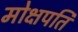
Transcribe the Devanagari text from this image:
मोक्षपति